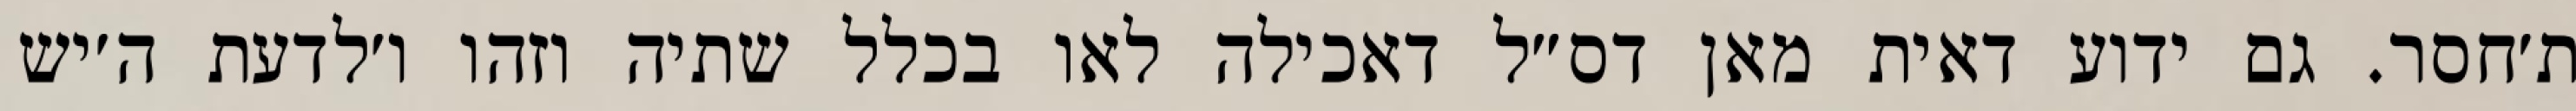
ת׳חסר. גם ידוע דאית מאן דס״ל דאכילה לאו בכלל שתיה וזהו ו׳לדעת ה׳יש